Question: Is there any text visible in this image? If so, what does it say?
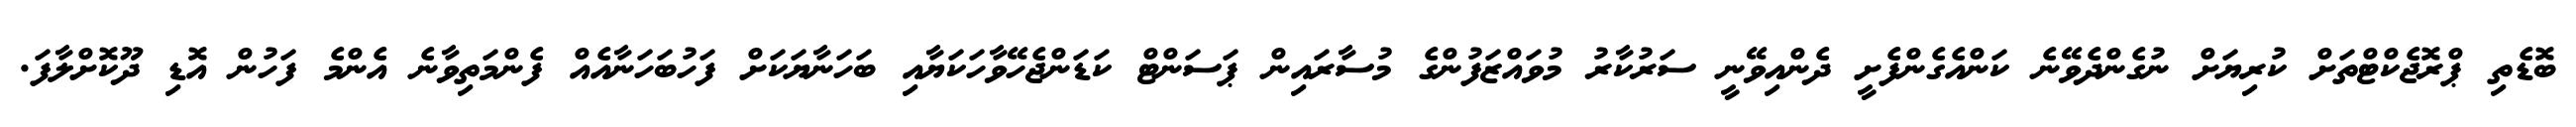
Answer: ބޮޑެތި ޕްރޮޖެކްޓްތަށް ކުރިޔަށް ނުގެންދެވޭނެ ކަންއެގެންފެށީ ދެންއިވޭނީ ސަރުކާރު މުވައްޒަފުންގެ މުސާރައިން ޕަސަންޓް ކަޑަންޖެހޭވާހަކަޔާއި ބަހަނާޔަކަށް ފަހުބަހަނާއެއް ފެންމަތިވާނެ އެންމެ ފަހުން އޮޑި ދޫކޮށްލާފަ.